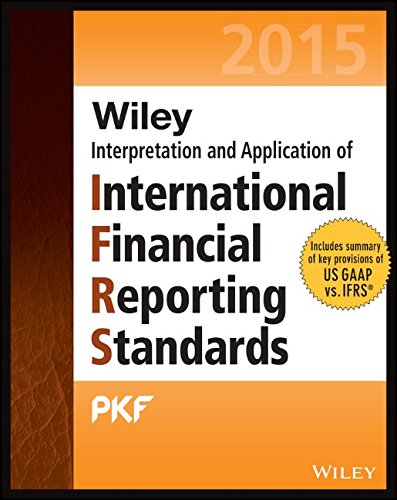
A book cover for Wiley IFRS 2015: Interpretation and Application of International Financial Reporting Standards (Wiley Regulatory Reporting); PKF International Ltd; Business & Money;